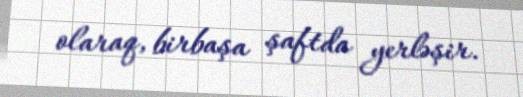
olaraq, birbaşa şaftda yerləşir.